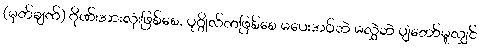
(မှတ်ချက်) ဂိုဏ်းအားလုံးဖြစ်စေ, ပုဂ္ဂိုလ်ကဖြစ်စေ မပေးအပ်ဘဲ မလွှဲဘဲ ပျံတော်မူလျှင်